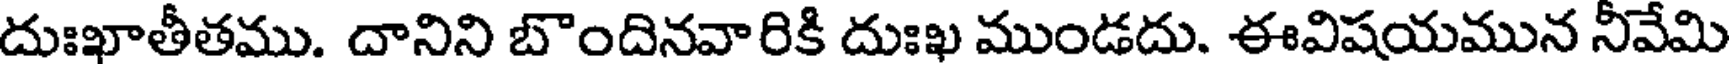
దుఃఖాతీతము. దానిని బొందినవారికి దుఃఖ ముండదు. ఈవిషయమున నీవేమి